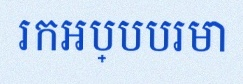
រកអប្បបរមា